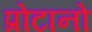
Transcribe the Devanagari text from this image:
प्रोटानो